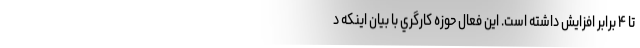
تا ۴ برابر افزايش داشته است. اين فعال حوزه كارگري با بيان اينكه د